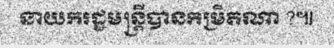
នាយករដ្ឋមន្ត្រីបានកម្រិតណា ?៕